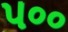
પ૦૦